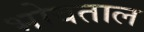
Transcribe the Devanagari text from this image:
भोवताल